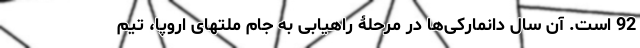
92 است. آن سال دانمارکی‌ها در مرحلۀ راهیابی به جام ملتهای اروپا، تیم